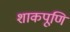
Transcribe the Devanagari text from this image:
शाकपूणि